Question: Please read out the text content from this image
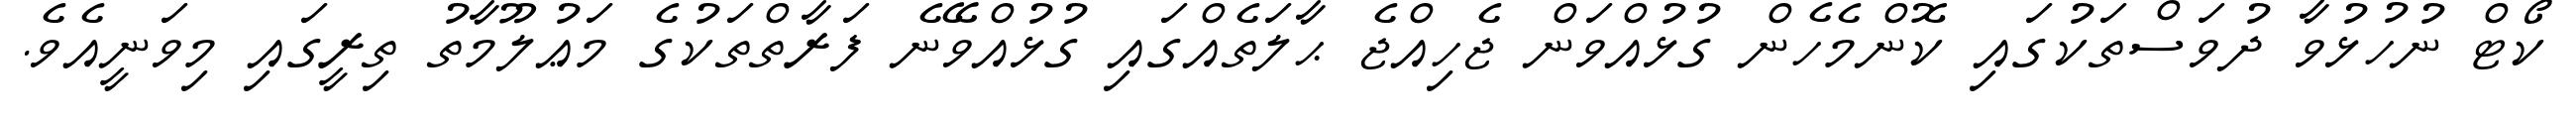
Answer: ކޯޓް ނުހުޅުވާ ދުވަސްތަކުގައި ކޮންމެހެން ގުޅުއްވަން ޖެހިއްޖެ ޙާލަތެއްގައި ގުޅުއްވޭނެ ފަރާތްތަކުގެ މަޢުލޫމާތު ތިރީގައި މިވަނީއެވެ.